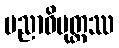
ပညာဝိမုတ္တဿ